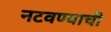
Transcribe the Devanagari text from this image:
नटवण्याची